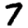
Digit: 7